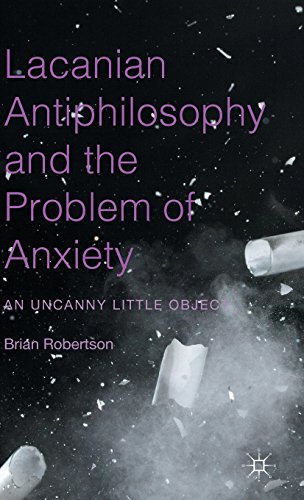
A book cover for Lacanian Antiphilosophy and the Problem of Anxiety: An Uncanny Little Object; Brian Robertson; Medical Books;